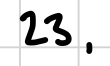
Text: 23,
Cross-out: clean
Writing tool: digital_black